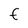
Character: f